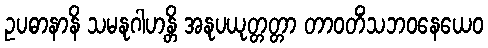
ဥပဓာနာနိ သမနုဂါဟန္တိ အနုပယုတ္တတ္တာ တာဝတိံသဘဝနေယေဝ